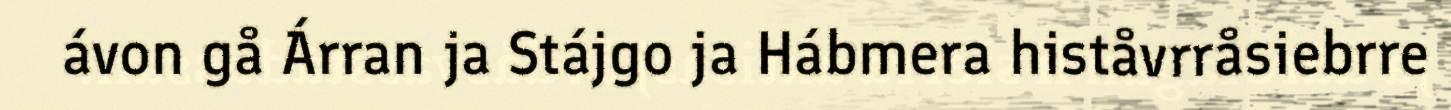
ávon gå Árran ja Stájgo ja Hábmera histåvrråsiebrre